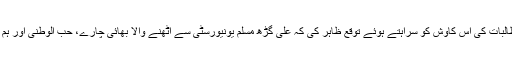
پرو وائس چانسلر پروفیسر محمد حنیف بیگ نے طلبہ و طالبات کی اس کاوش کو سراہتے ہوئے توقع ظاہر کی کہ علی گڑھ مسلم یونیورسٹی سے اٹھنے والا بھائی چارے، حب الوطنی اور ہم آہنگی کا یہ پیغام بھی ہمیشہ کی طرح دور تک پھیلے گا۔